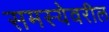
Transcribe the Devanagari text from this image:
समस्येवरील